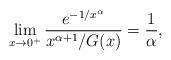
LaTeX: \begin{align*} \lim_{x\to 0^+}\frac{e^{-1/x^\alpha}}{ x^{\alpha+1}/G(x)}=\frac{1}{\alpha},\end{align*}